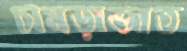
চামড়াজাত